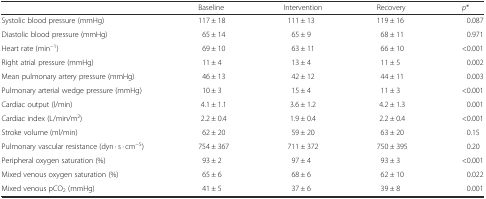
<table><thead><tr><td></td><td><b>Baseline</b></td><td><b>Intervention</b></td><td><b>Recovery</b></td><td><b><i>p</i>*</b></td></tr></thead><tbody><tr><td>Systolic blood pressure (mmHg)</td><td>117 ± 18</td><td>111 ± 13</td><td>119 ± 16</td><td>0.087</td></tr><tr><td>Diastolic blood pressure (mmHg)</td><td>65 ± 14</td><td>65 ± 9</td><td>68 ± 11</td><td>0.971</td></tr><tr><td>Heart rate (min<sup>−1</sup>)</td><td>69 ± 10</td><td>63 ± 11</td><td>66 ± 10</td><td>&lt;0.001</td></tr><tr><td>Right atrial pressure (mmHg)</td><td>11 ± 4</td><td>13 ± 4</td><td>11 ± 5</td><td>0.002</td></tr><tr><td>Mean pulmonary artery pressure (mmHg)</td><td>46 ± 13</td><td>42 ± 12</td><td>44 ± 11</td><td>0.003</td></tr><tr><td>Pulmonary arterial wedge pressure (mmHg)</td><td>10 ± 3</td><td>15 ± 4</td><td>11 ± 3</td><td>&lt;0.001</td></tr><tr><td>Cardiac output (l/min)</td><td>4.1 ± 1.1</td><td>3.6 ± 1.2</td><td>4.2 ± 1.3</td><td>0.001</td></tr><tr><td>Cardiac index (L/min/m<sup>2</sup>)</td><td>2.2 ± 0.4</td><td>1.9 ± 0.4</td><td>2.2 ± 0.4</td><td>&lt;0.001</td></tr><tr><td>Stroke volume (ml/min)</td><td>62 ± 20</td><td>59 ± 20</td><td>63 ± 20</td><td>0.15</td></tr><tr><td>Pulmonary vascular resistance (dyn · s · cm<sup>−5</sup>)</td><td>754 ± 367</td><td>711 ± 372</td><td>750 ± 395</td><td>0.20</td></tr><tr><td>Peripheral oxygen saturation (%)</td><td>93 ± 2</td><td>97 ± 4</td><td>93 ± 3</td><td>&lt;0.001</td></tr><tr><td>Mixed venous oxygen saturation (%)</td><td>65 ± 6</td><td>68 ± 6</td><td>62 ± 10</td><td>0.022</td></tr><tr><td>Mixed venous pCO<sub>2</sub> (mmHg)</td><td>41 ± 5</td><td>37 ± 6</td><td>39 ± 8</td><td>0.001</td></tr></tbody></table>